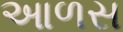
આળસ